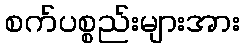
စက်ပစ္စည်းများအား